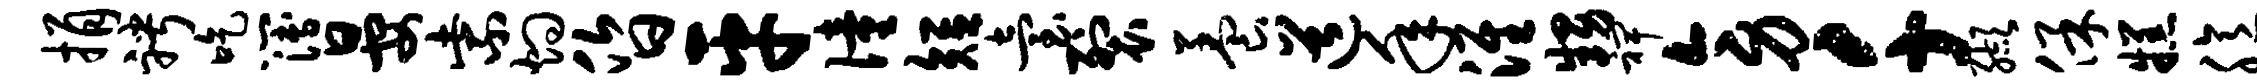
捐聘吃簿晏紫灼昏平僮短台裂养道年淮甥裨旁千缬保糕臆